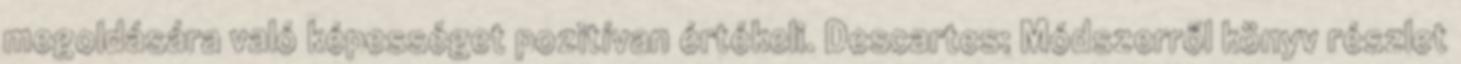
megoldására való képességet pozitívan értékeli. Descartes: Módszerről könyv részlet